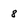
Character: 8